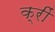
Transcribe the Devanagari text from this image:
क्रीं